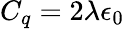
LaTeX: C_{q}=2\lambda\epsilon_{0}